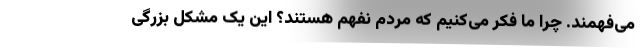
می‌فهمند. چرا ما فکر می‌کنیم که مردم نفهم هستند؟ این یک مشکل بزرگی